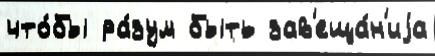
что́бы ра́зум быть зав'еща́н'иjа